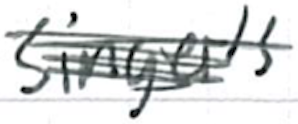
Text: singer's
Cross-out: scratch
Writing tool: ballpoint